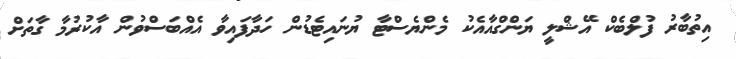
އިތުބާރު ފުލްބެކް އޭޝްލީ ޔަންގްއާއެކު މެންޔެސްޓާ ޔުނައިޓެޑުން ހަދާފައިވާ އެއްބަސްވުން އާކުރުމާ ގާތަށް